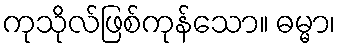
ကုသိုလ်ဖြစ်ကုန်သော။ ဓမ္မာ၊